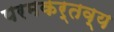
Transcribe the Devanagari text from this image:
परमकर्तव्य